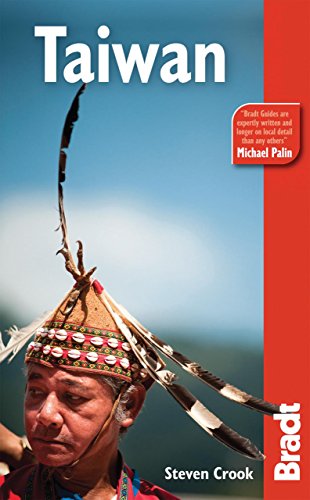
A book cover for Taiwan: The Bradt Travel Guide; Steven Crook; Travel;